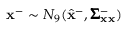
\mathbf { x } ^ { - } \sim N _ { 9 } ( \hat { \mathbf { x } } ^ { - } , \pmb { \Sigma } _ { \mathbf { x } \mathbf { x } } ^ { - } )